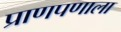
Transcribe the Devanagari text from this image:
प्राणपणाला